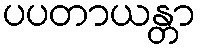
ပပတာယန္တာ